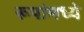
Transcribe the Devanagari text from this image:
रूपांमध्ये